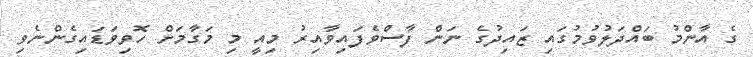
ގެ އާންމު ބައްދަލުވުމުގައި ޒައިދުގެ ނަން ފާސްވެފައިވާއިރު މިއީ މި މަގާމަށް ހޮވިވަޑައިގެންނެވި